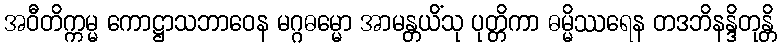
အဝီတိက္ကမ္မ ကောဋ္ဌာသဘာဝေန မဂ္ဂဓမ္မော အာမန္တယိံသု ပုတ္တိကာ ဓမ္မိဿရေန တဒဘိနန္ဒိတုန္တိ